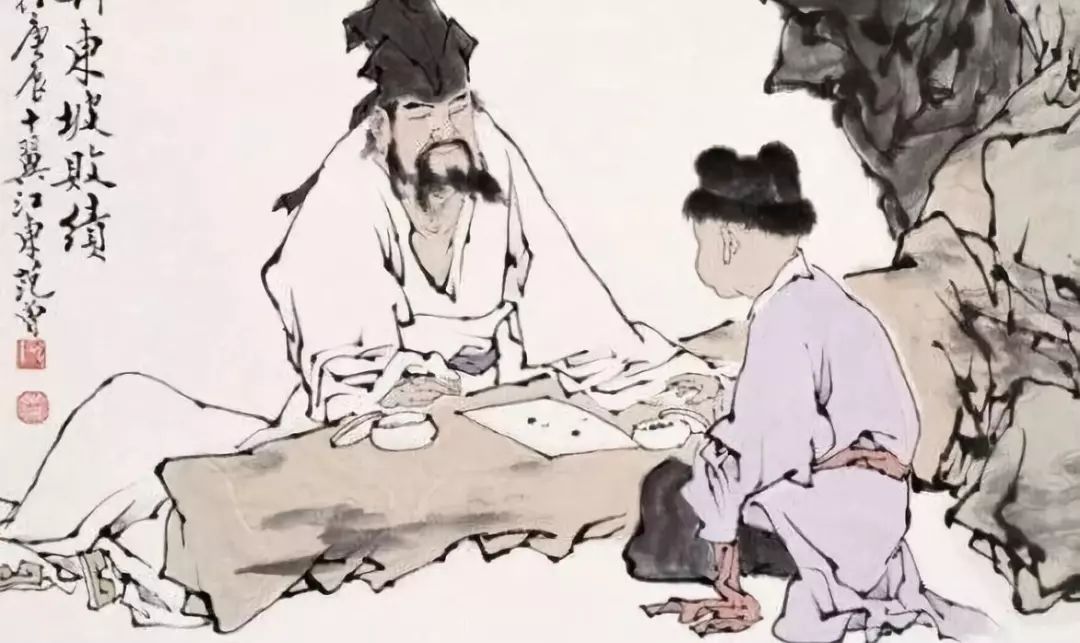
纸上得来终觉浅，绝知此事要躬行。